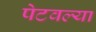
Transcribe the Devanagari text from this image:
पेटवल्या